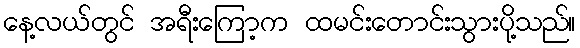
နေ့လယ်တွင် အရီးကြော့က ထမင်းတောင်းသွားပို့သည်။